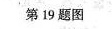
第19题图